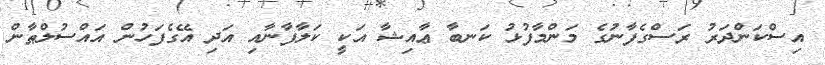
އިސްކަންދަރު ރަސްގެފާނުގެ މަންމާފުޅު ކަނބާ ޢާއިޝާ އަކީ ކަލާފާނާއި އަދި އޭގެފަހުން އައްސުލްޠާން